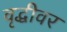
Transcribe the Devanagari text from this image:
वृद्धीवर